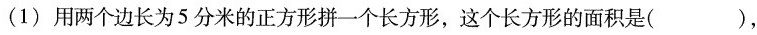
(1)用两个边长为5分米的正方形拼一个长方形，这个长方形的面积是()，